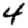
Digit: 4